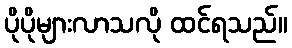
ပိုပိုများလာသလို ထင်ရသည်။